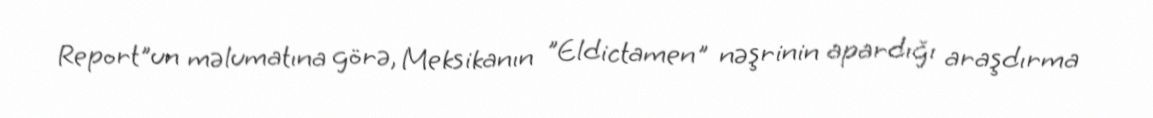
Report"un məlumatına görə, Meksikanın "Eldictamen" nəşrinin apardığı araşdırma